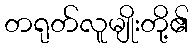
တရုတ်လူမျိုးတို့၏